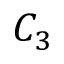
C _ { 3 }